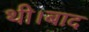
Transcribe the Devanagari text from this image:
थी।बाद